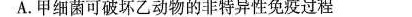
A.甲细菌可破坏乙动物的非特异性免疫过程